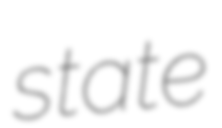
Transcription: state